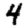
Digit: 4